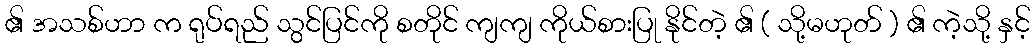
၏ အသစ်ဟာ က ရုပ်ရည် သွင်ပြင်ကို စတိုင် ကျကျ ကိုယ်စားပြု နိုင်တဲ့ ၏ ( သို့မဟုတ် ) ၏ ကဲ့သို့ နှင့်